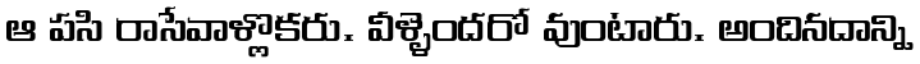
ఆ పసి రాసేవాళ్లొకరు. వీళ్ళెందరో వుంటారు. అందినదాన్ని